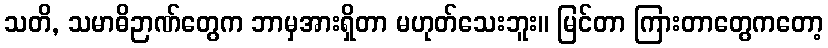
သတိ, သမာဓိဉာဏ်တွေက ဘာမှအားရှိတာ မဟုတ်သေးဘူး။ မြင်တာ ကြားတာတွေကတော့